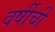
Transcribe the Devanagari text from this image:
वर्षीची